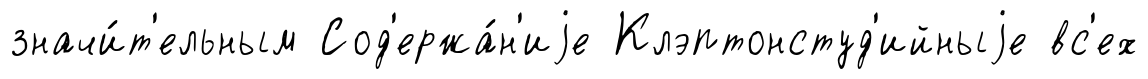
значи́т'ельным Сод'ержа́н'иjе Клэптонстуд'ийныjе вс'ех